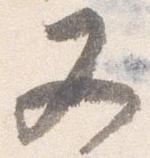
又